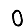
Digit: 0